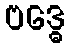
ဗဒ္ဓေ